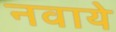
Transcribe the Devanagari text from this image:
नवाये